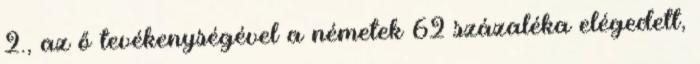
2., az ő tevékenységével a németek 62 százaléka elégedett,